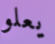
يعلو